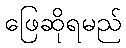
ဖြေဆိုရမည်